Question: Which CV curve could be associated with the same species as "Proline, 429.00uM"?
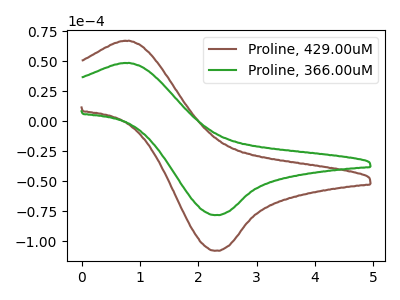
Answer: <think>The brown curve "Proline, 429.00uM" has an anodic peak at (0.75V, 67.25uA) and a cathodic peak at (2.30V, -108.00uA). The green curve "Proline, 366.00uM" has an anodic peak at (0.75V, 48.75uA) and a cathodic peak at (2.30V, -78.25uA).
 All the peaks in "Proline, 429.00uM" have a peak in "Proline, 366.00uM" at the same potential. Every peak in "Proline, 429.00uM" is higher than every peak in "Proline, 366.00uM".</think>
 <answer>The CV with the most similar shape to "Proline, 366.00uM" is "Proline, 429.00uM".</answer>
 <eval>"Proline, 429.00uM"</eval>